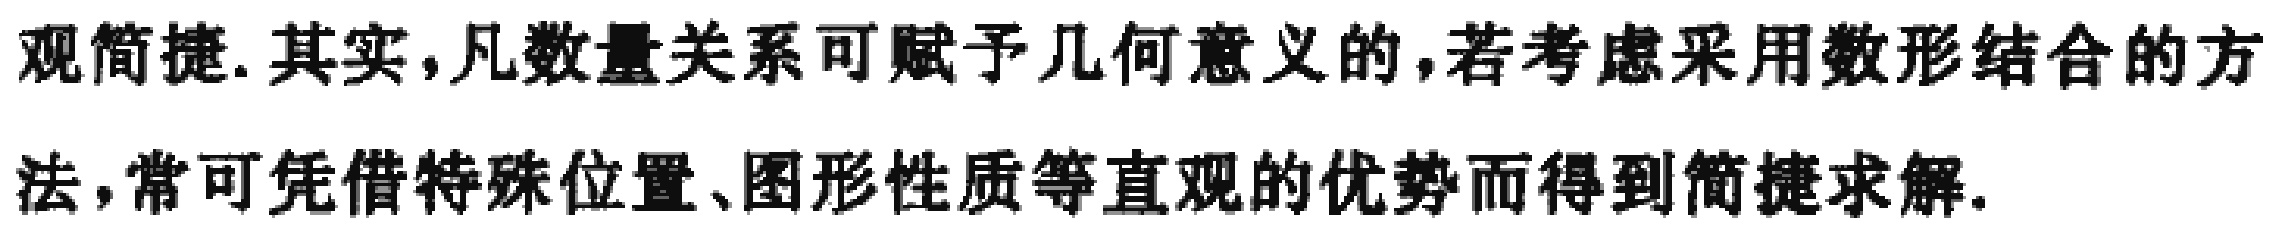
观简捷. 其实,凡数量关系可赋予几何意义的,若考虑采用数形结合的方
法,常可凭借特殊位置、图形性质等直观的优势而得到简捷求解.